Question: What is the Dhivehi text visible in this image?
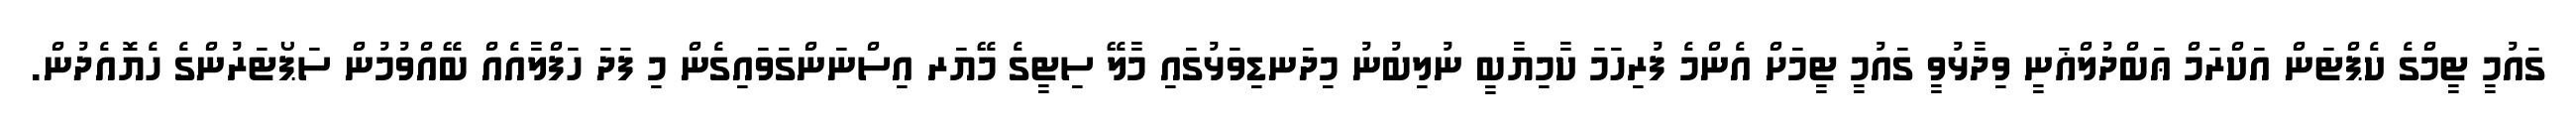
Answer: ގައުމީ ޓީމްގެ ކެޕްޓަން އަކްރަމް ޢަބްދުލްޣަނީ ވިދާޅުވީ ގައުމީ ޓީމަށް އެންމެ ފުރިހަމަ ކާމިޔާބީ ނުލިބުނު މިދަނޑިވަޅުގައި މާލޭ ސިޓީގެ މޭޔަރ އިސްނަންގަވައިގެން މި ފަދަ ހަފްލާއެއް ބޭއްވުމުން ސަޕޯޓަރުންގެ ހެޔޮއެދުން.